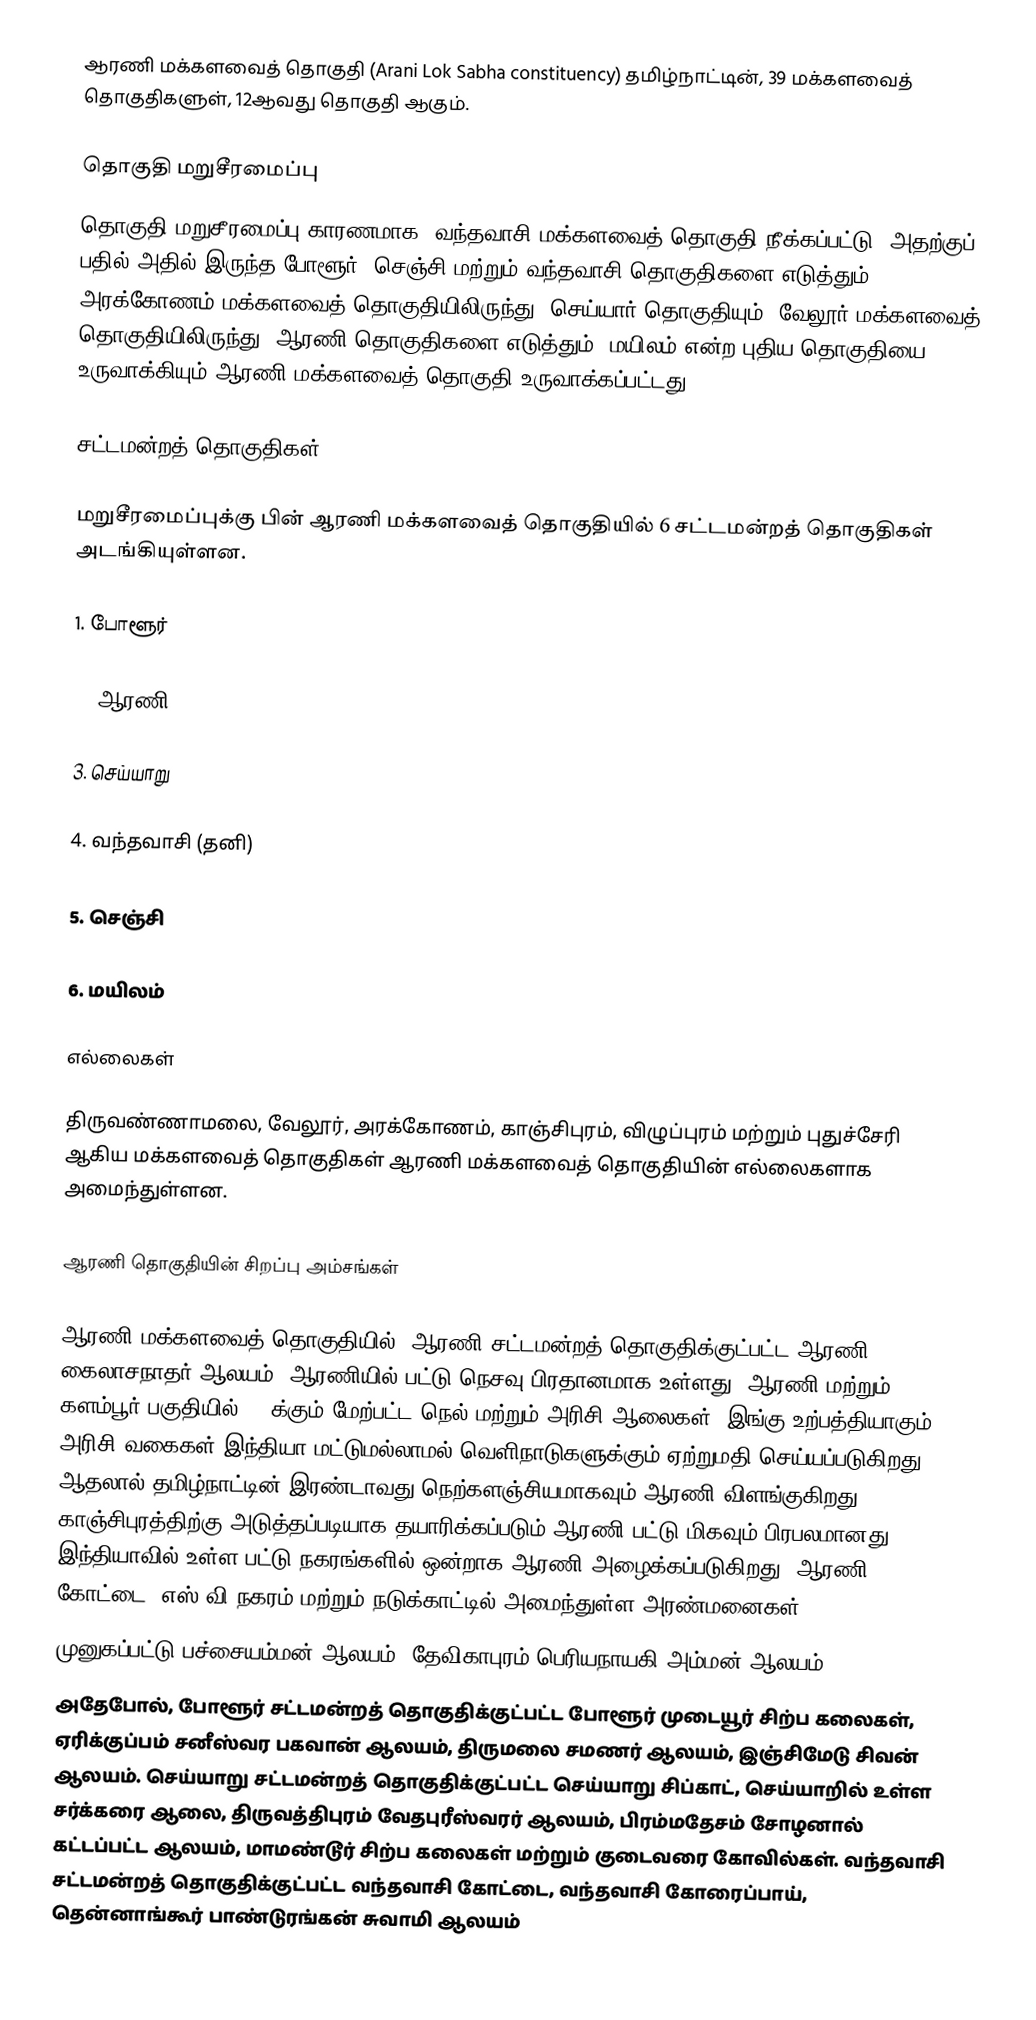
ஆரணி மக்களவைத் தொகுதி (Arani Lok Sabha constituency) தமிழ்நாட்டின், 39 மக்களவைத் தொகுதிகளுள், 12ஆவது தொகுதி ஆகும்.

தொகுதி மறுசீரமைப்பு
தொகுதி மறுசீரமைப்பு காரணமாக, வந்தவாசி மக்களவைத் தொகுதி நீக்கப்பட்டு, அதற்குப் பதில் அதில் இருந்த போளூர், செஞ்சி மற்றும் வந்தவாசி தொகுதிகளை எடுத்தும், அரக்கோணம் மக்களவைத் தொகுதியிலிருந்து, செய்யார் தொகுதியும், வேலூர் மக்களவைத் தொகுதியிலிருந்து, ஆரணி தொகுதிகளை எடுத்தும்,  மயிலம் என்ற புதிய தொகுதியை உருவாக்கியும் ஆரணி மக்களவைத் தொகுதி உருவாக்கப்பட்டது.

சட்டமன்றத் தொகுதிகள்

மறுசீரமைப்புக்கு பின் ஆரணி மக்களவைத் தொகுதியில் 6 சட்டமன்றத் தொகுதிகள் அடங்கியுள்ளன.

1. போளூர்

2. ஆரணி

3. செய்யாறு

4. வந்தவாசி (தனி)

5. செஞ்சி

6. மயிலம்

எல்லைகள்

திருவண்ணாமலை, வேலூர், அரக்கோணம், காஞ்சிபுரம், விழுப்புரம் மற்றும் புதுச்சேரி ஆகிய மக்களவைத் தொகுதிகள் ஆரணி மக்களவைத் தொகுதியின் எல்லைகளாக அமைந்துள்ளன.

ஆரணி தொகுதியின் சிறப்பு அம்சங்கள்

ஆரணி மக்களவைத் தொகுதியில், ஆரணி சட்டமன்றத் தொகுதிக்குட்பட்ட  ஆரணி கைலாசநாதர் ஆலயம்,  ஆரணியில் பட்டு நெசவு பிரதானமாக உள்ளது, ஆரணி மற்றும் களம்பூர் பகுதியில் 450க்கும் மேற்பட்ட நெல் மற்றும் அரிசி ஆலைகள். இங்கு உற்பத்தியாகும் அரிசி வகைகள் இந்தியா மட்டுமல்லாமல் வெளிநாடுகளுக்கும் ஏற்றுமதி செய்யப்படுகிறது. ஆதலால் தமிழ்நாட்டின் இரண்டாவது நெற்களஞ்சியமாகவும் ஆரணி விளங்குகிறது. காஞ்சிபுரத்திற்கு அடுத்தப்படியாக தயாரிக்கப்படும் ஆரணி பட்டு மிகவும் பிரபலமானது. இந்தியாவில் உள்ள பட்டு நகரங்களில் ஒன்றாக ஆரணி அழைக்கப்படுகிறது. ஆரணி கோட்டை, எஸ்.வி.நகரம் மற்றும் நடுக்காட்டில் அமைந்துள்ள அரண்மனைகள்,
முனுகப்பட்டு பச்சையம்மன் ஆலயம், தேவிகாபுரம் பெரியநாயகி அம்மன் ஆலயம்.
அதேபோல், போளூர் சட்டமன்றத் தொகுதிக்குட்பட்ட போளூர் முடையூர் சிற்ப கலைகள், ஏரிக்குப்பம் சனீஸ்வர பகவான் ஆலயம், திருமலை சமணர் ஆலயம், இஞ்சிமேடு சிவன் ஆலயம். செய்யாறு சட்டமன்றத் தொகுதிக்குட்பட்ட செய்யாறு சிப்காட், செய்யாறில் உள்ள சர்க்கரை ஆலை, திருவத்திபுரம் வேதபுரீஸ்வரர் ஆலயம், பிரம்மதேசம் சோழனால் கட்டப்பட்ட ஆலயம், மாமண்டூர் சிற்ப கலைகள் மற்றும் குடைவரை கோவில்கள். வந்தவாசி சட்டமன்றத் தொகுதிக்குட்பட்ட வந்தவாசி கோட்டை, வந்தவாசி கோரைப்பாய், தென்னாங்கூர் பாண்டுரங்கன் சுவாமி ஆலயம்